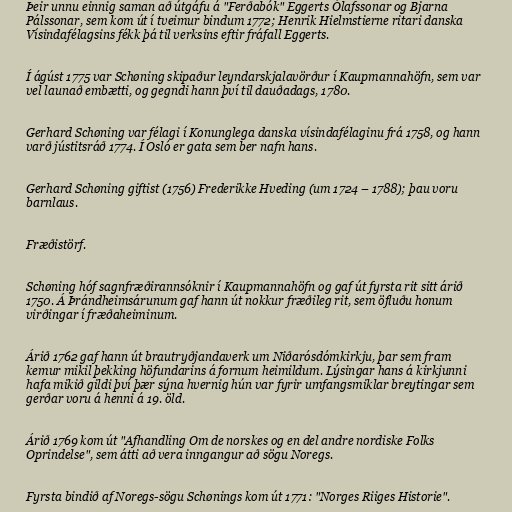
Þeir unnu einnig saman að útgáfu á "Ferðabók" Eggerts Ólafssonar og Bjarna
Pálssonar, sem kom út í tveimur bindum 1772; Henrik Hielmstierne ritari danska
Vísindafélagsins fékk þá til verksins eftir fráfall Eggerts.

Í ágúst 1775 var Schøning skipaður leyndarskjalavörður í Kaupmannahöfn, sem var
vel launað embætti, og gegndi hann því til dauðadags, 1780.

Gerhard Schøning var félagi í Konunglega danska vísindafélaginu frá 1758, og hann
varð jústitsráð 1774. Í Osló er gata sem ber nafn hans.

Gerhard Schøning giftist (1756) Frederikke Hveding (um 1724 – 1788); þau voru
barnlaus.

Fræðistörf.

Schøning hóf sagnfræðirannsóknir í Kaupmannahöfn og gaf út fyrsta rit sitt árið
1750. Á Þrándheimsárunum gaf hann út nokkur fræðileg rit, sem öfluðu honum
virðingar í fræðaheiminum.

Árið 1762 gaf hann út brautryðjandaverk um Niðarósdómkirkju, þar sem fram
kemur mikil þekking höfundarins á fornum heimildum. Lýsingar hans á kirkjunni
hafa mikið gildi því þær sýna hvernig hún var fyrir umfangsmiklar breytingar sem
gerðar voru á henni á 19. öld.

Árið 1769 kom út "Afhandling Om de norskes og en del andre nordiske Folks
Oprindelse", sem átti að vera inngangur að sögu Noregs.

Fyrsta bindið af Noregs-sögu Schønings kom út 1771: "Norges Riiges Historie".